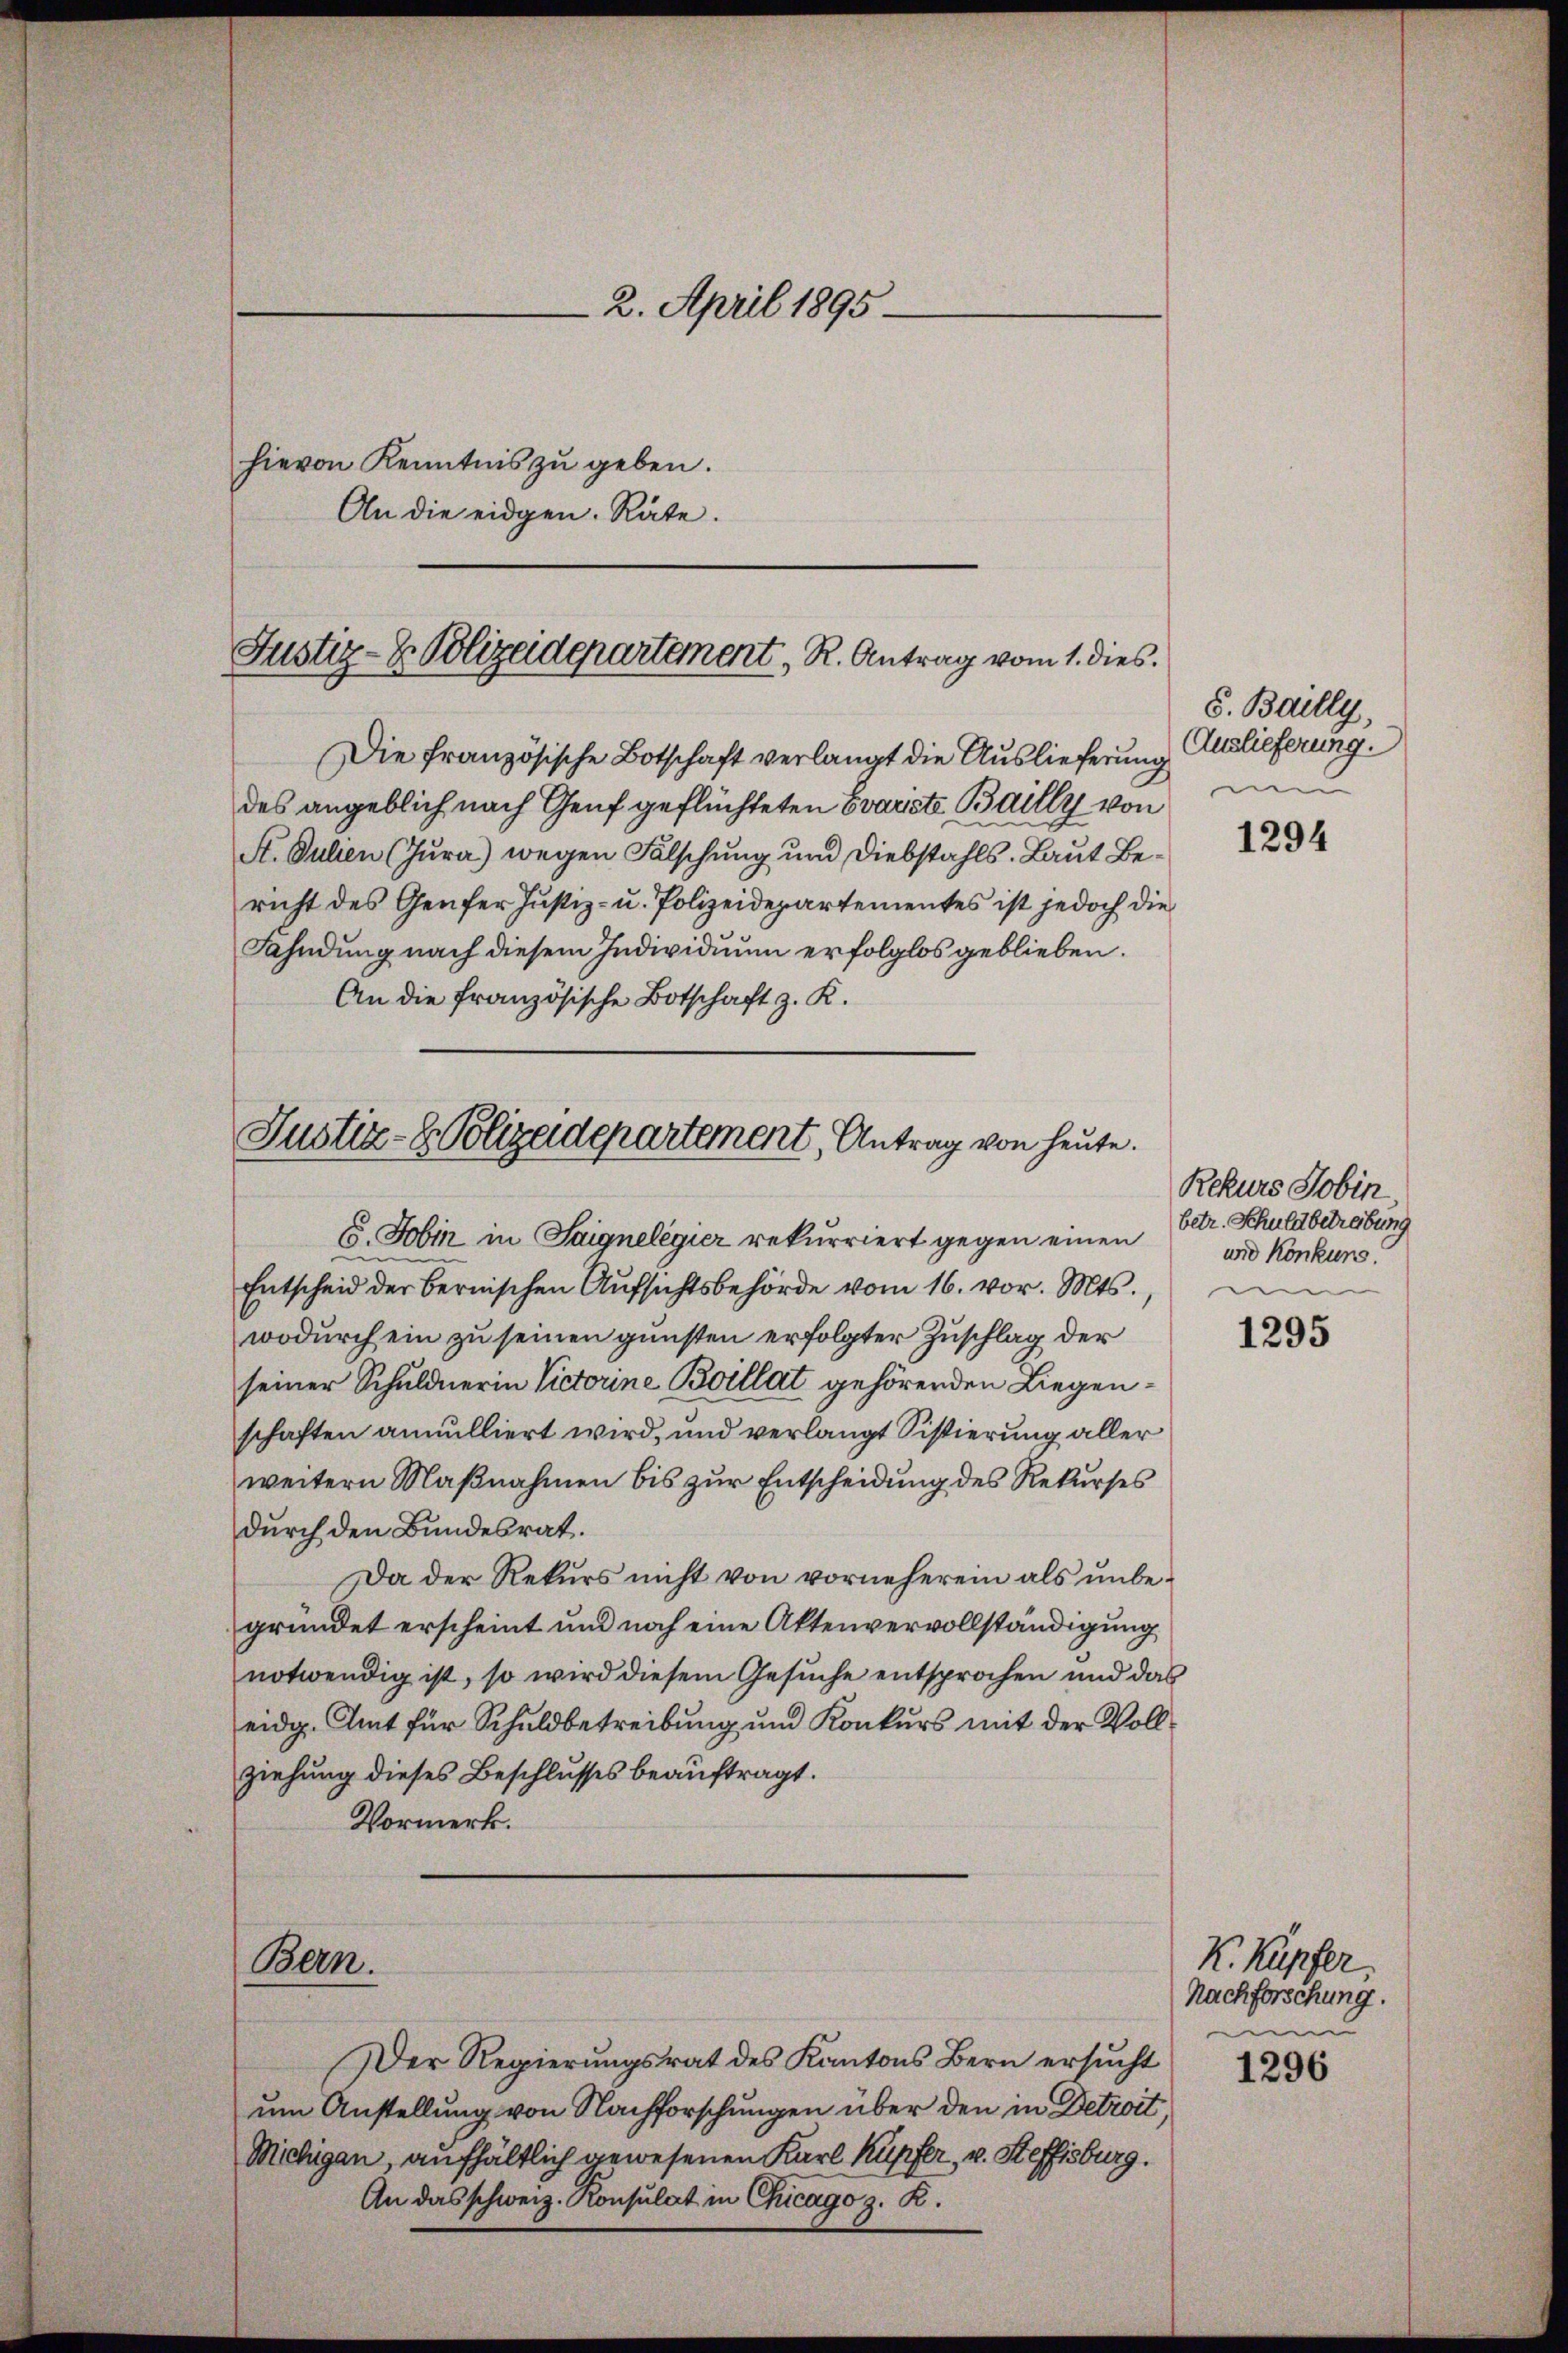
An die eidgen. Räte.

Die französische Botschaft verlangt die Auslieferung
des angeblich nach Genf geflüchteten Evarsste Bailly von
St. Guben (Jura) wegen Fälschung und Diebstahls. Laut Bericht des Genfer Justiz- u. Polizeidepartementes ist jedoch die
Fahndung nach diesem Individuum erfolglos geblieben.
An die französische Botschaft z. K.

Justiz- & Polizeidepartement, R. Antrag vom 1. dies

Justiz- & Polizeidepartement, Antrag von heute.
6. Jobin in Saignelegier rekurriert gegen einen

Bern.

2. April 1895
hievon Kenntnis zu geben.

Der Regierungsrat des Kantons Bern ersucht
um Anstellung von Nachforschungen über den in Detroit,
Michigen, aufhältlich gewesenen Karl Kupfer, v. Steffisburg.
An das schweiz. Konsulat in Chicago z. R.

S. Bailly
Auslieferung.

2
Entscheid der bernischen Aŭfsichtsbehörde vom 16. vor. Mts.
wodurch ein zu seinen günsten erfolgter Zuschlag der
seiner Schuldnerin Victorine Boillat gehörenden Liegenschaften annulliert wird, und verlangt Sistierung aller
weitern Maßnahmen bis zur Entscheidung des Rekurses
durch den Bundesrat.
Da der Rekurs nicht von vorneherein als unbegründet erscheint und noch eine Aktenvervollständigung
notwendig ist, so wird diesem Gesŭche entsprochen und das
eidg. Amt für Schuldbetreibung und Konkurs mit der Vollziehung dieses Beschlusses beauftragt.
Vormerk.

1294

Rekurs Jobin.
betr. Schuldbetreibung
und Konkung.

1295

K. Kupfer.
Nachforschung.
m

1296